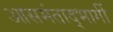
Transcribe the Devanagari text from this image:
आसमंताद्भागीं